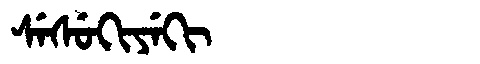
Manchu: ᠰᡝᠰᡠᡴᡳᠶᡝᡴᡳ
Romanization: SESUKIYEKI